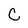
Character: C